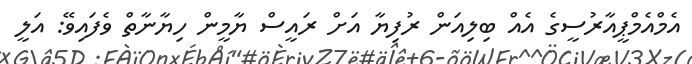
އެމްއެމްޕީއާރުސީގެ އެއް ބިލިއަން ރުފިޔާ އަށް ރައީސް ޔާމީން ހިޔާނާތް ވެފައިވޭ: އަލީ